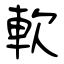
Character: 軟